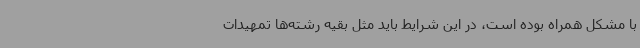
با مشکل همراه بوده است، در این شرایط باید مثل بقیه رشته‌ها تمهیدات